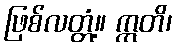
ဖြစ်လတ္တံ့။ ဣတိ၊